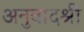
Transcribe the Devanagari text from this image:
अनुवादश्री